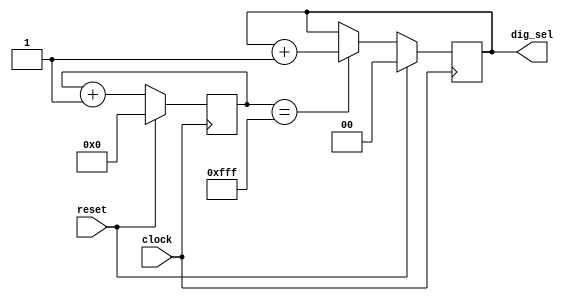
// Block 1
// Module to generate signal that will select a digit
// and switch digits at ~1.2kHz

module count12(input clock,
	       input  reset,
	       output reg [1:0] dig_sel // 2 bit output
	       );
   
	reg [11:0]		  counter;
	// a 12 bit counter was chosen to get an appropriate
	// display refresh rate
        wire			  pulse; 
   
   always @ (posedge clock)
     begin
	if (reset) counter <= 12'd0; //synchronous reset	
	else	
	  counter <= counter + 12'd1; //advance count
     end
	assign pulse = (counter == 12'd4095); 
	// pulse is sent out at end of 12 bit count

	
	always @ (posedge clock) //2 bit counter   
     begin
	if (reset) dig_sel <= 2'd0;
	else
	if (pulse) dig_sel <= dig_sel + 2'd1; //only advance when pulse high
	  else dig_sel <= dig_sel;
     end
	
   
endmodule